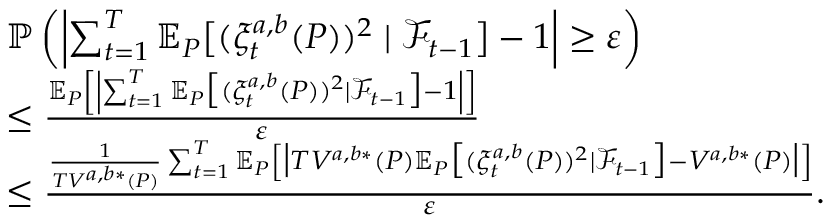
\begin{array} { r l } & { \mathbb { P } \left( \left| \sum _ { t = 1 } ^ { T } \mathbb { E } _ { P } \big [ ( \xi _ { t } ^ { a , b } ( P ) ) ^ { 2 } \mid \mathcal { F } _ { t - 1 } \big ] - 1 \right| \geq \varepsilon \right) } \\ & { \leq \frac { \mathbb { E } _ { P } \left[ \left| \sum _ { t = 1 } ^ { T } \mathbb { E } _ { P } \big [ ( \xi _ { t } ^ { a , b } ( P ) ) ^ { 2 } \mid \mathcal { F } _ { t - 1 } \big ] - 1 \right| \right] } { \varepsilon } } \\ & { \leq \frac { \frac { 1 } { T V ^ { a , b * } ( P ) } \sum _ { t = 1 } ^ { T } \mathbb { E } _ { P } \left[ \big | T V ^ { a , b * } ( P ) \mathbb { E } _ { P } \big [ ( \xi _ { t } ^ { a , b } ( P ) ) ^ { 2 } \mid \mathcal { F } _ { t - 1 } \big ] - V ^ { a , b * } ( P ) \big | \right] } { \varepsilon } . } \end{array}